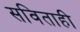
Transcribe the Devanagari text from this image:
सविताही